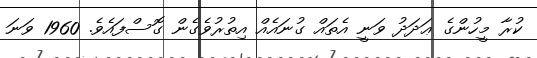
ކުރާ މީހުންގެ ޢަދަދު ވަނީ އެތައް ގުނައެއް އިތުރުވެގެން ގޮސްފައެވެ. 1960 ވަނަ